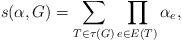
LaTeX: \begin{align*} s(\alpha,G)=\sum_{T \in \tau(G)} {\prod_{e\in E(T)} {\alpha_e } },\end{align*}